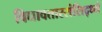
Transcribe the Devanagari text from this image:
विद्यावतारसंसिद्ध्यै